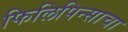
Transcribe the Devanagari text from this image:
फिलिपिन्साचा